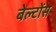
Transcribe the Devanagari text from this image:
बेल्टोंस